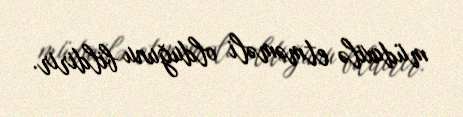
müdaxilə etməməli olduğunu bildirir.